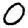
Digit: 0